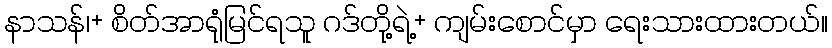
နာသန်၊+ စိတ်အာရုံမြင်ရသူ ဂဒ်တို့ရဲ့+ ကျမ်းစောင်မှာ ရေးသားထားတယ်။